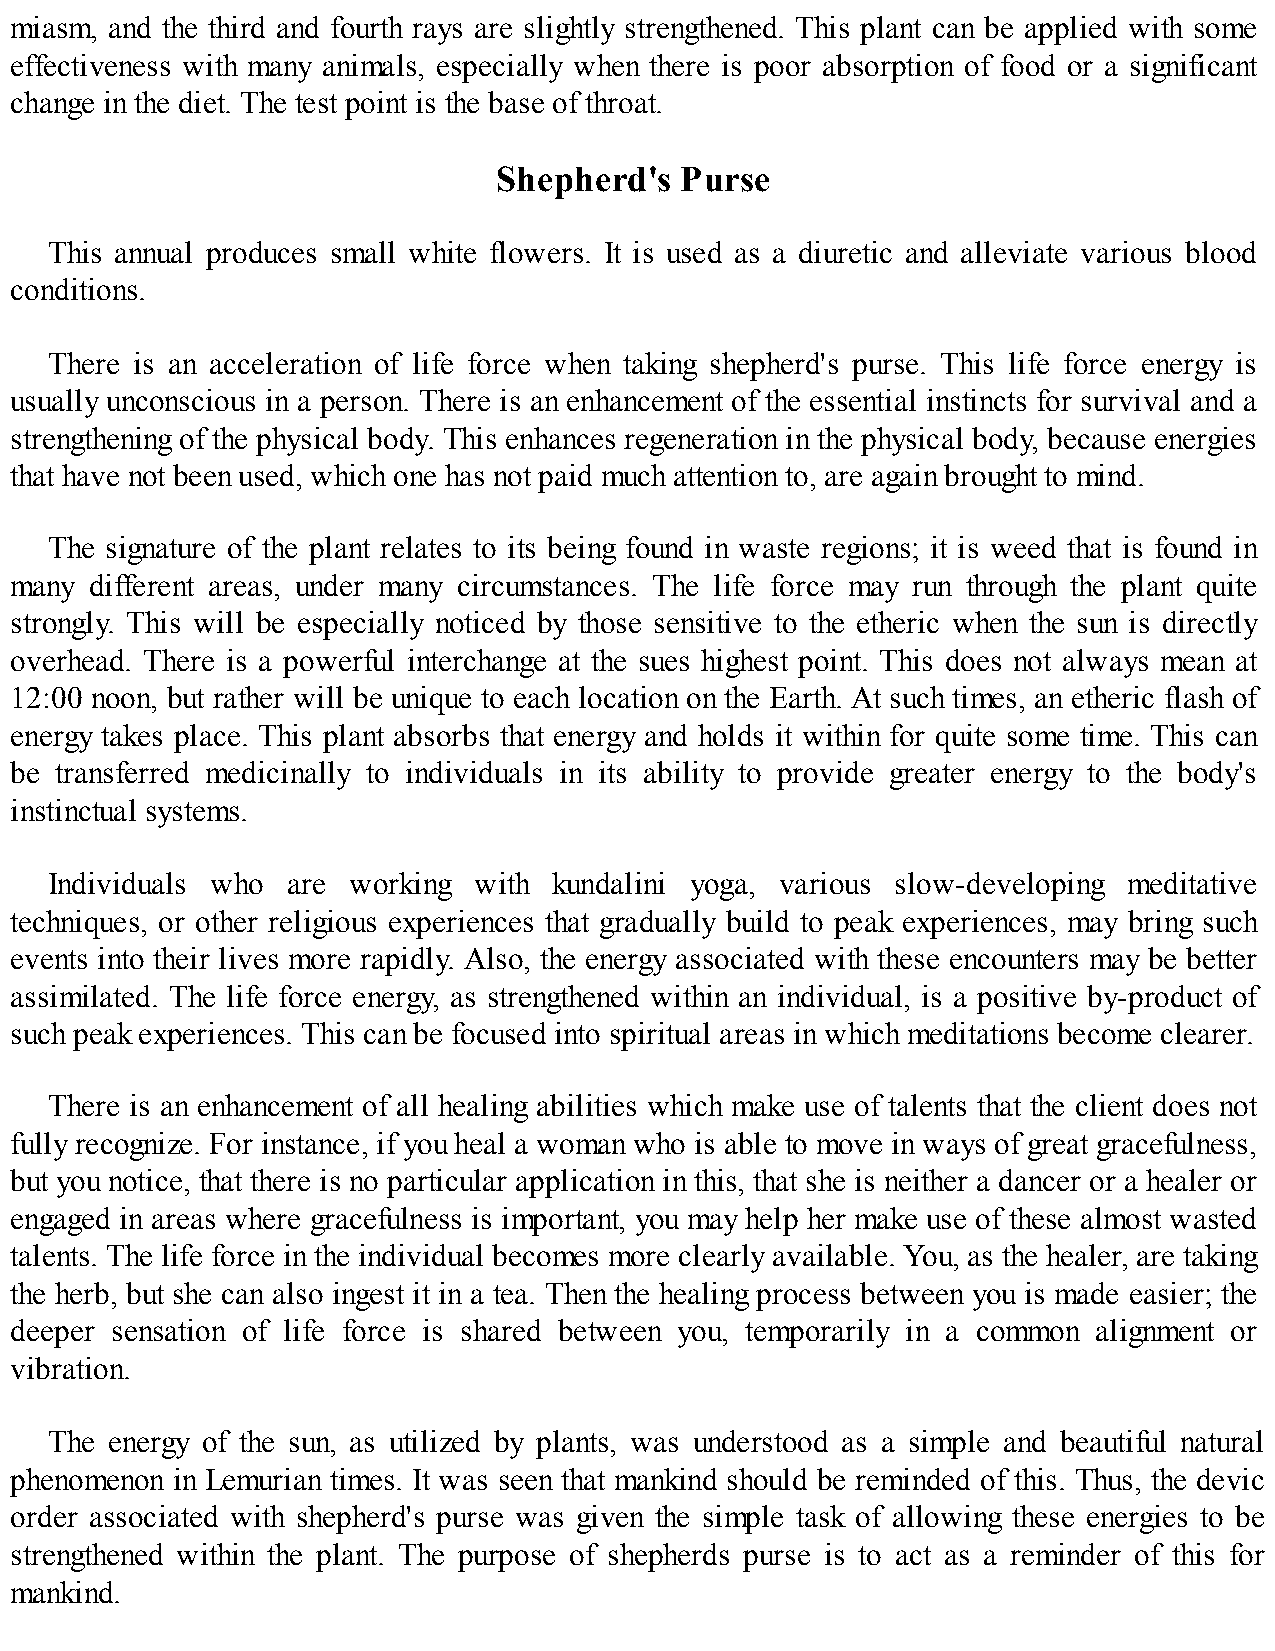
miasm, and the third and fourth rays are slightly strengthened. This plant can be applied with some
 effectiveness with many animals, especially when there is poor absorption of food or a significant
 change in the diet. The test point is the base of throat.
 Shepherd's  Purse
 This annual produces small white flowers. It is used as a diuretic and alleviate various blood
 conditions.
 There is an acceleration of life force when taking shepherd's purse. This life force energy is
 usually unconscious in a person. There is an enhancement of the essential instincts for survival and a
 strengthening of the physical body. This enhances regeneration in the physical body, because energies
 that have not been used, which one has not paid much attention to, are again brought to mind.
 The signature of the plant relates to its being found in waste regions; it is weed that is found in
 many different areas, under many circumstances. The life force may run through the plant quite
 strongly. This will be especially noticed by those sensitive to the etheric when the sun is directly
 overhead. There is a powerful interchange at the sues highest point. This does not always mean at
 12:00 noon, but rather will be unique to each location on the Earth. At such times, an etheric flash of
 energy takes place. This plant absorbs that energy and holds it within for quite some time. This can
 be transferred medicinally to individuals in its ability to provide greater energy to the body's
 instinctual systems.
 Individuals who are working with  kundalini yoga, various slow-developing meditative
 techniques, or other religious experiences that gradually build to peak experiences, may bring such
 events into their lives more rapidly. Also, the energy associated with these encounters may be better
 assimilated. The life force energy, as strengthened within an individual, is a positive by-product of
 such peak experiences. This can be focused into spiritual areas in which meditations become clearer.
 There is an enhancement of all healing abilities which make use of talents that the client does not
 fully recognize. For instance, if you heal a woman who is able to move in ways of great gracefulness,
 but you notice, that there is no particular application in this, that she is neither a dancer or a healer or
 engaged in areas where gracefulness is important, you may help her make use of these almost wasted
 talents. The life force in the individual becomes more clearly available. You, as the healer, are taking
 the herb, but she can also ingest it in a tea. Then the healing process between you is made easier; the
 deeper sensation of life force is shared between you, temporarily in a common alignment or
 vibration.
 The energy of the sun, as utilized by plants, was understood as a simple and beautiful natural
 phenomenon in Lemurian times. It was seen that mankind should be reminded of this. Thus, the devic
 order associated with shepherd's purse was given the simple task of allowing these energies to be
 strengthened within the plant. The purpose of shepherds purse is to act as a reminder of this for
 mankind.